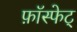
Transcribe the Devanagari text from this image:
फ़ॉस्फेट्